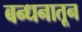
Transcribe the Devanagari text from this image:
बन्धनातून